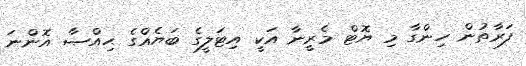
ފަރާތުން ހިންގާ މި ޔޮޓް މެރީނާ އަކީ އިޓަލީގެ ބަޔެއްގެ ޙިއްޞާ އޮންނަ